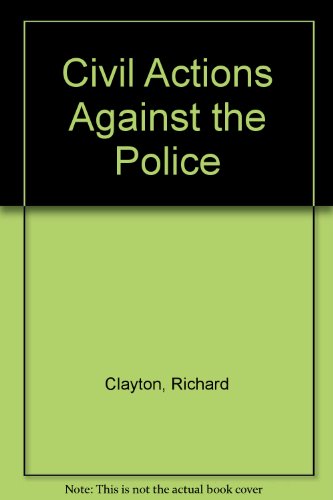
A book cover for Civil Actions Against the Police; Richard Clayton; Law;